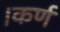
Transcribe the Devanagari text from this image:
।कर्ण